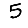
Digit: 5